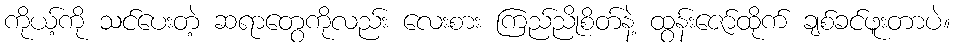
ကိုယ့်ကို သင်ပေးတဲ့ ဆရာတွေကိုလည်း လေးစား ကြည်ညိုစိတ်နဲ့ ထွန်းဇော်ထိုက် ချစ်ခင်ဖူးတာပဲ။